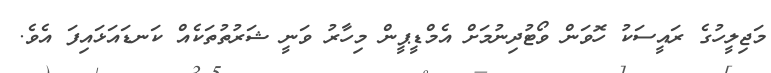
މަޖިލީހުގެ ރައީސަކު ހޮވަން ވޯޓުދިނުމަށް އެމްޑީޕީން މިހާރު ވަނީ ޝަރުތުތަކެއް ކަނޑައަޅައިފަ އެވެ.